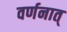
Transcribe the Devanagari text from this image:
वर्णनात्